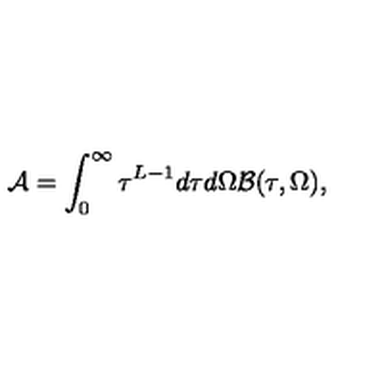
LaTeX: { \cal A } = \int _ { 0 } ^ { \infty } \tau ^ { L - 1 } d \tau d \Omega { \cal B } ( \tau , \Omega ) ,